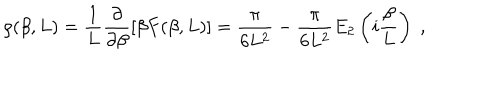
\rho ( \beta , L ) = \frac { 1 } { L } \frac { \partial } { \partial \beta } \left[ \beta F ( \beta , L ) \right] = \frac { \pi } { 6 L ^ { 2 } } - \frac { \pi } { 6 L ^ { 2 } } E _ { 2 } \left( i \frac { \beta } { L } \right) \; ,